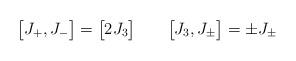
LaTeX: \begin{align*}\bigl[J_{+},J_{-}\bigr] = \bigl[2J_{3}\bigr] \qquad\bigl[J_{3},J_{\pm}\bigr] = \pm J_{\pm} \end{align*}